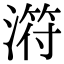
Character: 𣻜